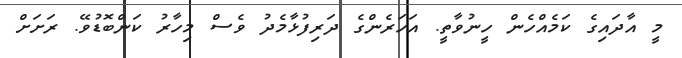
މީ އާދައިގެ ކަމެއްހެން ހީނުވާތީ. އަހަރެންގެ ދަރިފުޅާމެދު ވެސް މިހާރު ކަންބޮޑުވޭ. ރަށަށް